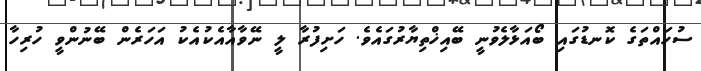
ސުހައްތަގެ ކޮނޑުގައި ބޯއަޅާލެވުނީ ބޭއިޚްތިޔާރުގައެވެ. ހަށިފުރާ ލީ ނޭވާއާއެކުއެކު އަހަރެން ބޭނުންވީ ހުރިހާ